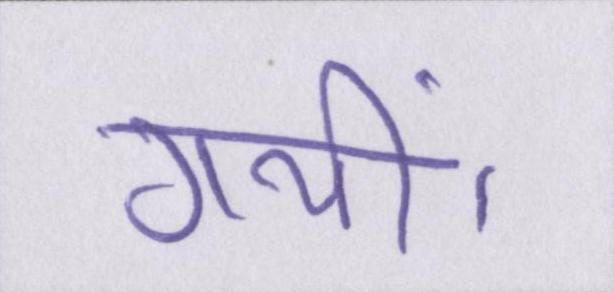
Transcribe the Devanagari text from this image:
गयीं।